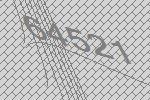
64521